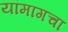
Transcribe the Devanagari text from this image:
यांमागचा